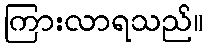
ကြားလာရသည်။